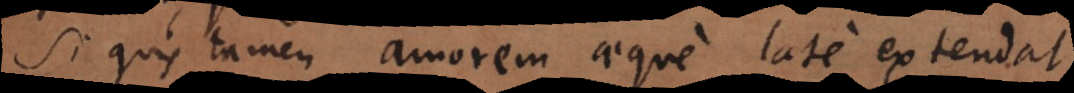
Si quis tamen amorem aeque late extendat